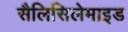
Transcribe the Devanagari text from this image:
सैलिसिलेमाइड